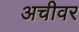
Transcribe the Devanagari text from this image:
अचीवर